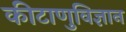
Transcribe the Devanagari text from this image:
कीटाणुविज्ञान